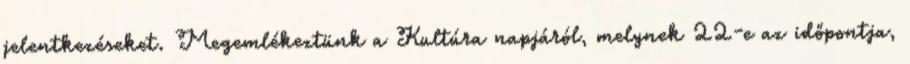
jelentkezéseket. Megemlékeztünk a Kultúra napjáról, melynek 22-e az időpontja,